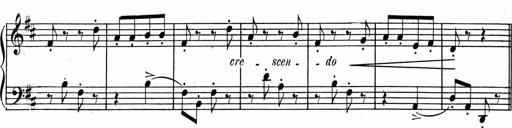
Title: 1Ã¨re Sonatine
Composer: FrÃ©dÃ©ric Binet